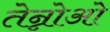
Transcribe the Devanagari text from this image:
तेन्नोओ